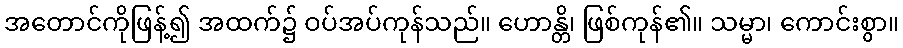
အတောင်ကိုဖြန့်၍ အထက်၌ ဝပ်အပ်ကုန်သည်။ ဟောန္တိ၊ ဖြစ်ကုန်၏။ သမ္မာ၊ ကောင်းစွာ။